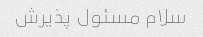
سلام مسئول پذیرش